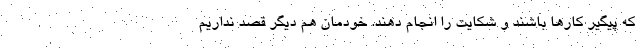
که پیگیر کارها باشند و شکایت را انجام دهند. خودمان هم دیگر قصد نداریم